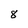
Character: 8